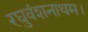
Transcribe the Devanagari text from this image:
रघुवंशनाथम।